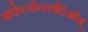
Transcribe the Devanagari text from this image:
बोकेल्बेर्ग्स्तदिओन्